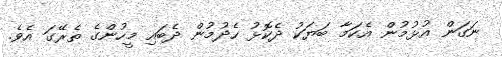
ނަގަން އުޅުމުން އެކަމާ ބަޔަކު ދެކޮޅު ހެދުމުން ދެބައި މީހުންގެ ތެރޭގަ އެވެ.